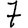
Digit: 7